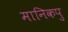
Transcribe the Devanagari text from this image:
मानिकपु